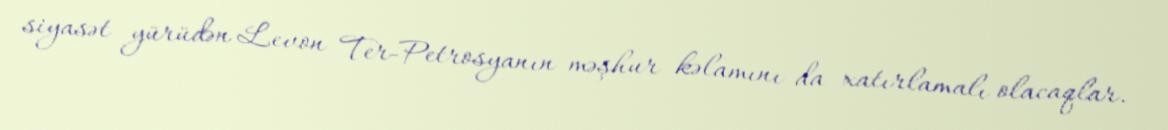
siyasət yürüdən Levon Ter-Petrosyanın məşhur kəlamını da xatırlamalı olacaqlar.